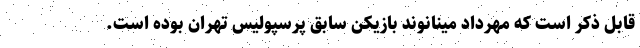
قابل ذکر است که مهرداد مینانوند بازیکن سابق پرسپولیس تهران بوده است.